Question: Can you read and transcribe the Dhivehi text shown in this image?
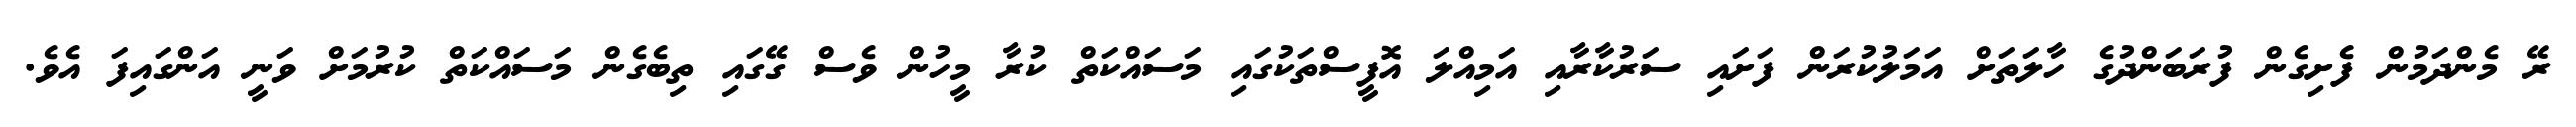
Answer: ރޭ މެންދަމުން ފެށިގެން ފުރަބަންދުގެ ހާލަތަށް އަމަލުކުރަން ފަށައި ސަރުކާރާއި އަމިއްލަ އޮފީސްތަކުގައި މަސައްކަތް ކުރާ މީހުން ވެސް ގޭގައި ތިބެގެން މަސައްކަތް ކުރުމަށް ވަނީ އަންގައިފަ އެވެ.